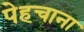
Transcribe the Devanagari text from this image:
पेहचाना